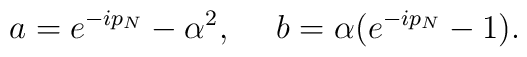
a=e^{-ip_N}-\alpha^2,~~~~b=\alpha(e^{-ip_N}-1).